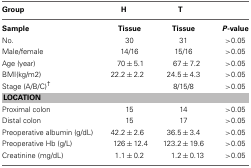
| Group | H | T |  |
 | --- | --- | --- | --- |
 | Sample | Tissue | Tissue | P-value |
 | No. | 30 | 31 | >0.05 |
 | Male/female | 14/16 | 15/16 | >0.05 |
 | Age (year) | 70 ± 5.1 | 67 ± 7.2 | >0.05 |
 | BMI(kg/m2) | 22.2 ± 2.2 | 24.5 ± 4.3 | >0.05 |
 | Stage (A/B/C)† |  | 8/15/8 | >0.05 |
 | <COLSPAN=4> LOCATION |
 | Proximal colon | 15 | 14 | >0.05 |
 | Distal colon | 15 | 17 | >0.05 |
 | Preoperative albumin (g/dL) | 42.2 ± 2.6 | 36.5 ± 3.4 | >0.05 |
 | Preoperative Hb (g/L) | 126 ± 12.4 | 123.2 ± 19.6 | >0.05 |
 | Creatinine (mg/dL) | 1.1 ± 0.2 | 1.2 ± 0.13 | >0.05 |